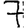
Digit: 7